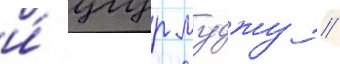
и́ угур муджу //